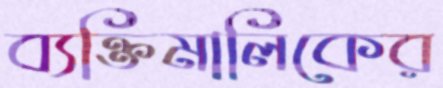
ব্যক্তিমালিকের